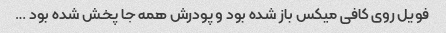
فویل روی کافی میکس باز شده بود و پودرش همه جا پخش شده بود …